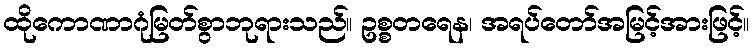
ထိုကောဏာဂုံမြတ်စွာဘုရားသည်။ ဥစ္စတရေန၊ အရပ်တော်အမြင့်အားဖြင့်။